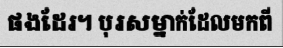
ផងដែរ។ បុរសម្នាក់ដែលមកពី